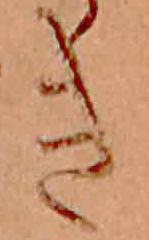
き